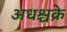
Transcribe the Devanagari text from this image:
अधश्चक्रे